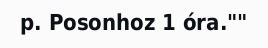
p. Posonhoz 1 óra.""